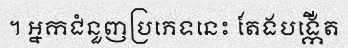
។ អ្នកជំនួញប្រភេទនេះ តែងបង្កើត